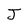
Character: J